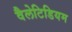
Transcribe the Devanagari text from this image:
वैलेटिडियम